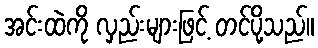
အင်းထဲကို လှည်းများဖြင့် တင်ပို့သည်။